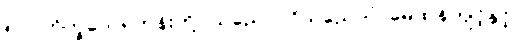
၅၁။ ဘိက္ခဝေ၊ ရဟန်းတို့။ သညောဂဝိသညောဂံ၊ မေထုန်ကျင့်နှင့်